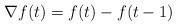
LaTeX: \begin{align*}\nabla f(t)=f(t)-f(t-1) \end{align*}